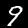
Label: 9